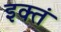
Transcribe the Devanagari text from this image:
इक्तं